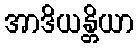
အာဒိယန္တိယာ